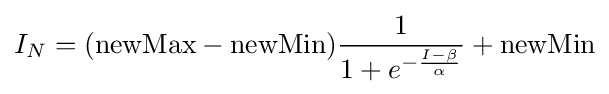
I_{N}=({\text{newMax}}-{\text{newMin}}){\frac {1}{1+e^{-{\frac {I-\beta }{\alpha }}}}}+{\text{newMin}}